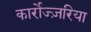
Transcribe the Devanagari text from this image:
कार्रोज्ज़रिया